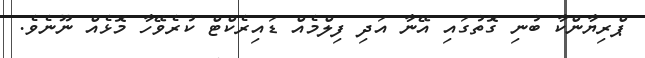
ޕްރިޔާންކާ ބުނި ގޮތުގައި އޭނާ އަދި ފިލްމެއް ޑައިރެކްޓް ކުރެވޭހާ މޮޅެއް ނޫނެވެ.